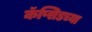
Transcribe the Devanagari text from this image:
कॅप्सिडच्या